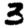
Digit: 3